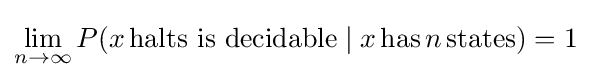
\lim _{n\to \infty }P(x\,{\text{halts is decidable}}\mid x\,{\text{has}}\,n\,{\text{states}})=1